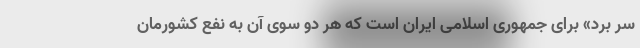
سر بُرد» برای جمهوری اسلامی ایران است که هر دو سوی آن به نفع کشورمان